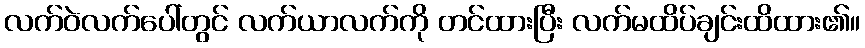
လက်ဝဲလက်ပေါ်တွင် လက်ယာလက်ကို တင်ထားပြီး လက်မထိပ်ချင်းထိထား၏။